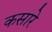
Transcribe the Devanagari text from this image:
कसारे